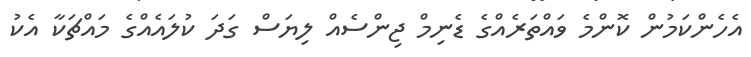
އެހެންކަމުން ކޮންމެ ވައްތަރެއްގެ ޑެނިމް ޖިންސެއް ލިޔަސް ގަދަ ކުލައެއްގެ މައްޗަކާ އެކު